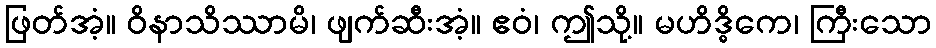
ဖြတ်အံ့။ ဝိနာသိဿာမိ၊ ဖျက်ဆီးအံ့။ ဧဝံ၊ ဤသို့။ မဟိဒ္ဓိကေ၊ ကြီးသော